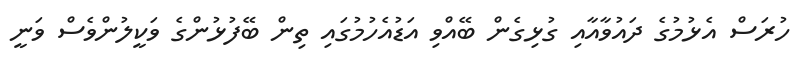
ހުރަސް އެޅުމުގެ ދައުވާއާއި ގުޅިގެން ބޭއްވި އަޑުއެހުމުގައި ތިން ބޭފުޅުންގެ ވަކީލުންވެސް ވަނީ